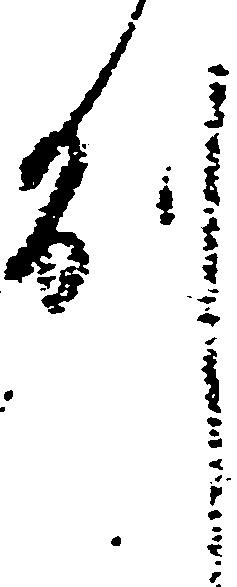
削